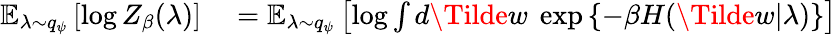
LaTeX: \begin{array}{rl}{\operatorname{\mathbb{E}}_{\lambda\sim q_{\psi}}\left[\log Z_{\beta}(\lambda)\right]}&{{}=\operatorname{\mathbb{E}}_{\lambda\sim q_{\psi}}\left[\log\int d\Tilde{w}\ \exp\left\{ -\beta H(\Tilde{w}|\lambda)\right\} \right]}\end{array}